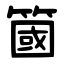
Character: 簂